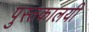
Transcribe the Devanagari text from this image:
पुस्तकालयी